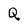
Character: Q